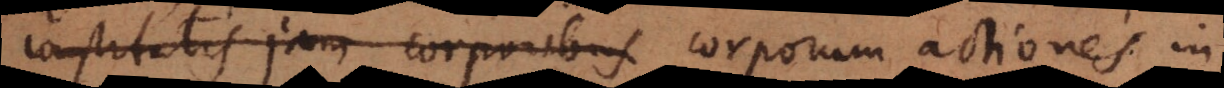
constitutis jam corporibus corporum actiones in